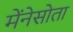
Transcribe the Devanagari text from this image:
मेंनेसोता